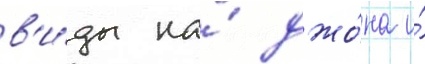
в'и́ды на́ джо́на и́